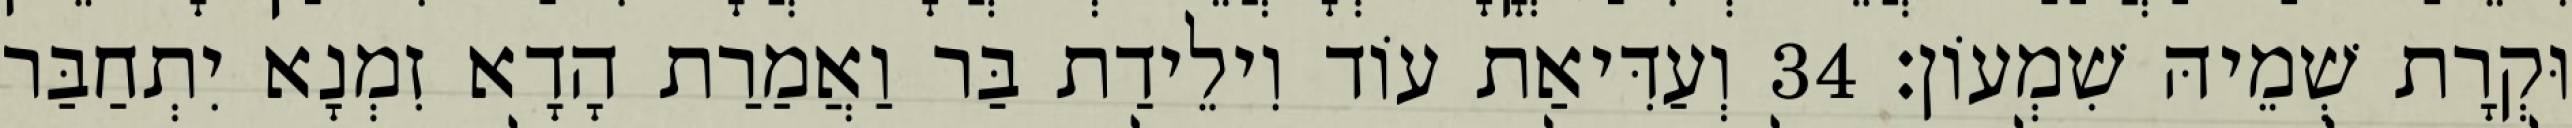
וּקְרָת שְׁמֵיהּ שִׁמְעוֹן׃ 34 וְעַדִּיאַת עוֹד וִילֵידַת בַּר וַאֲמַרַת הָדָא זִמְנָא יִתְחַבַּר